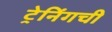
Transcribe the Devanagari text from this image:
ट्रेनिंगची